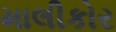
માલીકોર